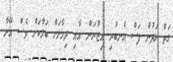
ގަތް ލަދުން ފަސް އެނބުރި އިޒްޔަން އާއި ދިމާލަށް ބަލާކަށް ވެސް އޭނާ